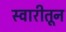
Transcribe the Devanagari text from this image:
स्वारीतून